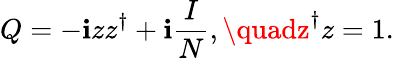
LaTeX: Q=-\mathbf{i}zz^{\dagger}+\mathbf{i}\frac{{I}}{{N}},\quadz^{\dagger}z=1.